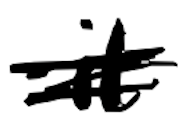
Text: it
Cross-out: double-line
Writing tool: digital_black